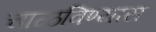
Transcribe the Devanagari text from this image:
चाळविण्यास